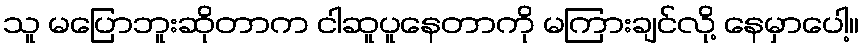
သူ မပြောဘူးဆိုတာက ငါဆူပူနေတာကို မကြားချင်လို့ နေမှာပေါ့။